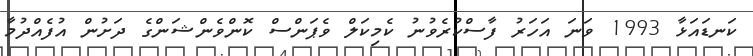
ކަނޑައަޅާ 1993 ވަނަ އަހަރު ފާސްކުރެވުނު ކެމިކަލް ވެޕަންސް ކޮންވެންޝަންގެ ދަށުން އުފެއްދުމާ